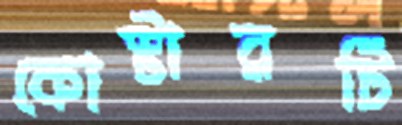
কোস্টারটি